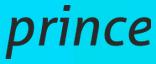
prince